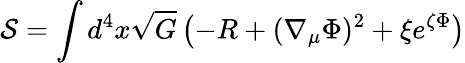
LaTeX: {\cal S}=\int d^{4}x\sqrt{G}\left(-R+(\nabla_{\mu}\Phi)^{2}+\xi e^{\zeta\Phi}\right)